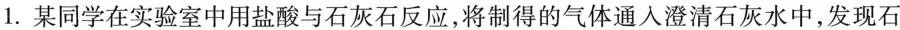
1.某同学在实验室中用盐酸与石灰石反应，将制得的气体通人澄清石灰水中，发现石